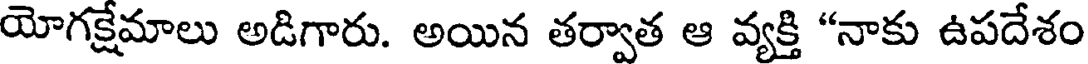
యోగక్షేమాలు అడిగారు. అయిన తర్వాత ఆ వ్యక్తి "నాకు ఉపదేశం